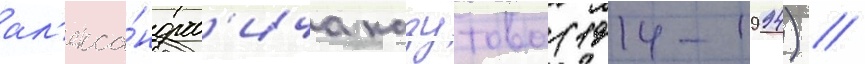
ал'екса́ндров'ича казутова (1914-1994) /